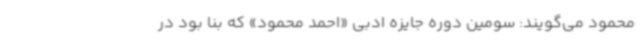
محمود می‌گویند: سومین دوره جایزه ادبی «احمد محمود» که بنا بود در